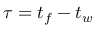
\tau = t _ { f } - t _ { w }